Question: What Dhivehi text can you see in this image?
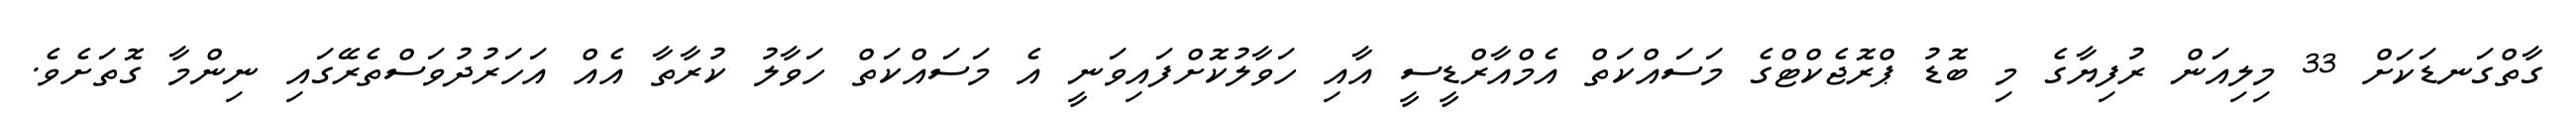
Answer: ގާތްގަނޑަކަށް 33 މިލިއަން ރުފިޔާގެ މި ބޮޑު ޕްރޮޖެކްޓްގެ މަސައްކަތް އެމްއާރްޑީސީ އާއި ހަވާލުކޮށްފައިވަނީ އެ މަސައްކަތް ހަވާލު ކުރާތާ އެއް އަހަރުދުވަސްތެރޭގައި ނިންމާ ގޮތަށެވެ.